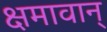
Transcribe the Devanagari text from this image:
क्षमावान्